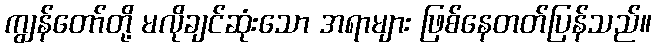
ကျွန်တော်တို့ မလိုချင်ဆုံးသော အရာများ ဖြစ်နေတတ်ပြန်သည်။